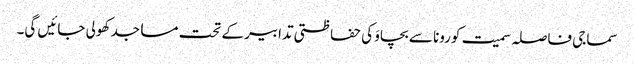
سماجی فاصلہ سمیت کورونا سے بچاوَ کی حفاظتی تدابیر کے تحت مساجد کھولی جائیں گی۔